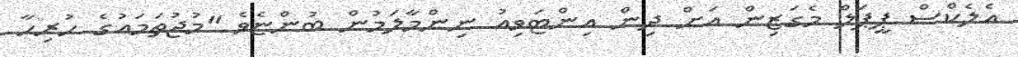
އެލެކްސް ޕީޕަލް މެގަޒިން އަށް ދިން އިންޓަވިއު ނިންމާލަމުން ބުންޏެވެ "މުޖުތަމައުގެ ހުރިހާ